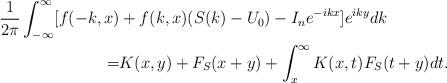
LaTeX: \begin{align*}\frac{1}{2\pi}\int_{-\infty}^\infty[f(-k,x)&+f(k,x)(S(k)-{U_0})-I_ne^{-ikx}]e^{iky}dk\\=&K(x,y)+F_S(x+y)+\int_x^\infty K(x,t)F_S(t+y)dt.\end{align*}